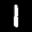
Label: 1